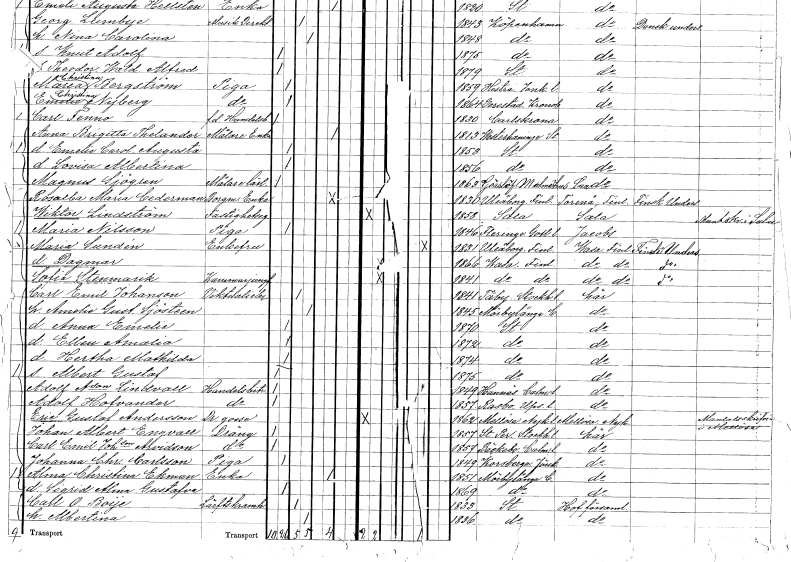
gt_parse: households: individuals: FN: Rosalba Maria
EN: Cederman
YRKE: Borgmästareänka
KON: K
CIV: E
FODAR: 1830
FN: Wiktor
EN: Lindström
YRKE: Fastighetsägare
KON: M
CIV: O
FODAR: 1858
FODFORS: Sala Västmanlands län
FN: Maria
EN: Nilsson
YRKE: Piga
KON: K
CIV: O
FODAR: 1846
FODFORS: Fleringe Gotlands län
FN: Maria
EN: Sundén
KON: K
CIV: E
FODAR: 1831
FN: Dagmar
KON: K
CIV: O
FODAR: 1866
FN: Sofia
EN: Stenmarik
YRKE: Kammarjungfru
KON: K
CIV: O
FODAR: 1841
FN: Carl Emil
EN: Johanson
YRKE: Viktualiehandlare
KON: M
CIV: G
FODAR: 1841
FODFORS: Täby Stockholms län
FN: Amelia Gustafva
EN: Sjösteen
KON: K
CIV: G
FODAR: 1845
FODFORS: Mörbylånga Kalmar län
FN: Anna Emelie
KON: K
CIV: O
FODAR: 1870
FODFORS: Stockholm
FN: Ellen Amalia
KON: K
CIV: O
FODAR: 1872
FODFORS: Stockholm
FN: Hertha Mathilda
KON: K
CIV: O
FODAR: 1874
FODFORS: Stockholm
FN: Albert Gustaf
KON: M
CIV: O
FODAR: 1875
FODFORS: Stockholm
FN: Adolf
EN: Andersson Lindvall
YRKE: Handelsbiträde
KON: M
CIV: O
FODAR: 1849
FODFORS: Hannäs Östergötlands län
FN: Adolf
EN: Hofvander
YRKE: Handelsbiträde
KON: M
CIV: O
FODAR: 1857
FODFORS: Rasbo Uppsala län
FN: Eric Gustaf
EN: Andersson
YRKE: Dränggosse
KON: M
CIV: O
FODAR: 1862
FODFORS: Mellösa Södermanlands län
FN: Johan Albert
EN: Engvall
YRKE: Dräng
KON: M
CIV: O
FODAR: 1857
FODFORS: Sankt Per Sigtuna Stockholms län
FN: Carl Emil
EN: Johansson Arvidsson
YRKE: Dräng
KON: M
CIV: O
FODAR: 1857
FODFORS: Bäckebo Kalmar län
FN: Johanna Christina
EN: Carlsson
YRKE: Piga
KON: K
CIV: O
FODAR: 1849
FODFORS: Korsberga Jönköpings län
FN: Alma Christina
EN: Ekman
YRKE: Änka
KON: K
CIV: E
FODAR: 1851
FODFORS: Mörbylånga Kalmar län
FN: Sigrid Alma Gustafva
KON: K
CIV: O
FODAR: 1869
FODFORS: Mörbylånga Kalmar län
FN: Carl O.
EN: Boije
YRKE: Lärftskramhandlare
KON: M
CIV: G
FODAR: 1833
FODFORS: Stockholm
FN: Albertina
KON: K
CIV: G
FODAR: 1836
FODFORS: Stockholm